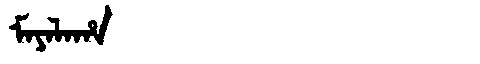
Manchu: ᠮᠠᠶᠠᠯᠠᡥᠠ
Romanization: MAYALAHA